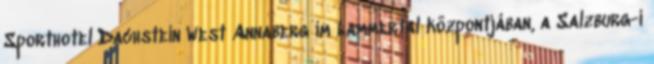
Sporthotel Dachstein West Annaberg im Lammertal központjában, a Salzburg-i